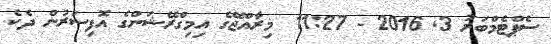
ސެޕްޓެމްބަރު 3